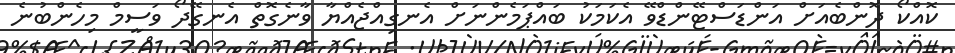
ކޮއްކޯ ދޮންބެއަށް އަންޑަސްޓޭންޑްވޭ އެކަމަކު ބައްޕަމެންނަށް އެނގިއްޖެއްޔާ ވާނެގޮތް އެނގޭދޯ ވަސީމް މިހެންބުނެ